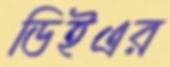
ডিইএর